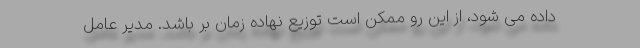
داده می شود، از این رو ممکن است توزیع نهاده زمان بر باشد. مدیر عامل